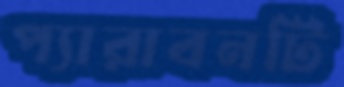
প্যারাবনটি